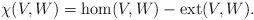
LaTeX: \begin{align*}\chi(V, W) = \mbox{hom}(V,W) - \mbox{ext}(V,W).\end{align*}